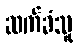
ဆက်ခံသူ